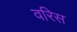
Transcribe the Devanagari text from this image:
वरिस